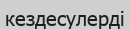
кездесулерді